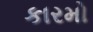
કારમો